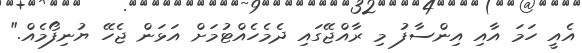
އެއީ ހަމަ އާއި އިންސާފު މި ރާއްޖޭގައި ދެމެހެއްޓުމަށް އަޅަން ޖެހޭ ޔުނިފޯމެއް."